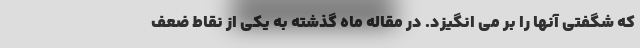
که شگفتی آنها را بر می انگیزد. در مقاله ماه گذشته به یکی از نقاط ضعف